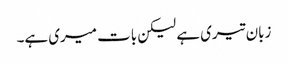
زبان تیری ہے لیکن بات میری ہے۔